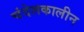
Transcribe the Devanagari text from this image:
चंदेलकालीन